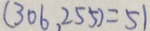
( 3 0 6 , 2 5 5 ) = 5 1